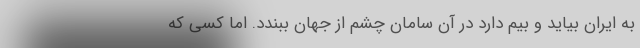
به ایران بیاید و بیم دارد در آن سامان چشم از جهان ببندد. اما کسی که